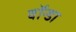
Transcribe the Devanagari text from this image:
वॉन्डा